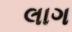
લાગ